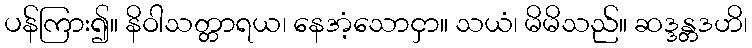
ပန်ကြား၍။ နိဝါသတ္တာရယ၊ နေအံ့သောငှာ။ သယံ၊ မိမိသည်။ ဆဒ္ဒန္တဒဟိ၊